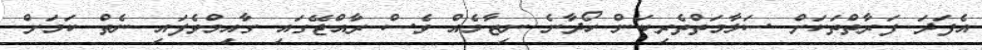
އެފަދަ ފަރާތްތަކަށް ސަލާމަތްތެރިކަން ހޯދާނެ ނިޒާމެއް ވެސް ރާއްޖޭގައި ގާއިމްވެފައި ނެތް ކަމަށް